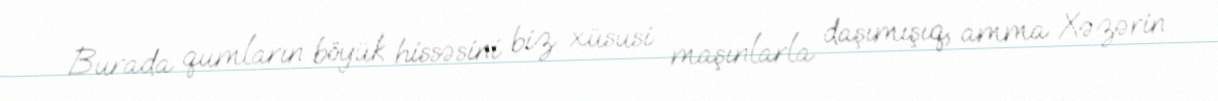
Burada qumların böyük hissəsini biz xüsusi maşınlarla daşımışıq, amma Xəzərin